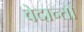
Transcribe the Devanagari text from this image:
वेदान्तो